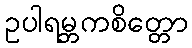
ဥပါရမ္ဘကစိတ္တော